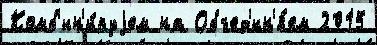
Комб'ин'и́руjем на Объед'ин'я́ем 2015